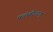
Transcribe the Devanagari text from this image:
फलबीजाणु